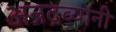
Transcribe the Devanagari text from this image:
अन्नद्रव्यांनी